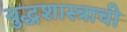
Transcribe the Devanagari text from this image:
युद्धशास्त्राची